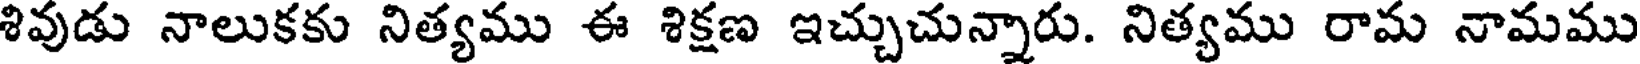
శివుడు నాలుకకు నిత్యము ఈ శిక్షణ ఇచ్చుచున్నారు. నిత్యము రామ నామము